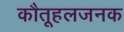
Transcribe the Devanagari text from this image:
कौतूहलजनक